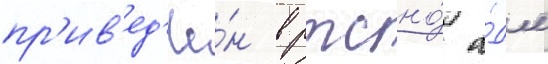
пр'ив'ед'ё́н в ртсно́ а́дм